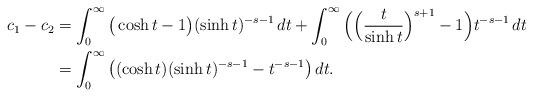
LaTeX: \begin{align*}c_1-c_2&=\int_0^{\infty}\big(\cosh t-1\big)(\sinh t)^{-s-1}\,dt+\int_0^{\infty}\Big(\Big(\frac{t}{\sinh t}\Big)^{s+1}-1\Big)t^{-s-1}\,dt\\&=\int_0^{\infty}\big((\cosh t)(\sinh t)^{-s-1}-t^{-s-1}\big)\,dt.\end{align*}